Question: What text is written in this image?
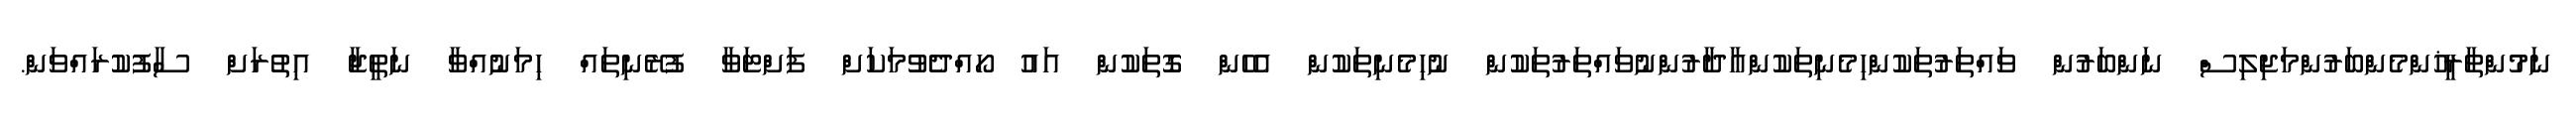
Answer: ނަމުންތާރީޚުންމެންބަރުންމަޖިލިސް ނަންބަރުން ވައްތަރުތަކުންހިމެނިތަކުންއާދާރުންނުވައްތަރުތަކުން ނުހިމެނިތަކުން އެހެން ގޮތަކުން އައު ހޯއްދެވުމަކަށް ފަށްޓަވާ ފުރޭނިތައް ހިމަނުއްވާ ނަތީޖާ އިތުރަށް ސާފުކުރައްވަން.